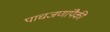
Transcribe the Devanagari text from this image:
पाचजणांपैकी